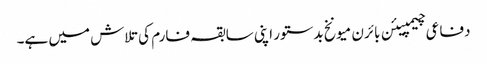
دفاعی چیمپیئن بائرن میونخ بدستور اپنی سابقہ فارم کی تلاش میں ہے۔